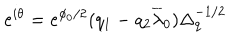
e ^ { i \theta } = e ^ { \phi _ { 0 } / 2 } ( q _ { 1 } - q _ { 2 } \overline { { { \lambda } } } _ { 0 } ) \Delta _ { q } ^ { - 1 / 2 }